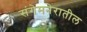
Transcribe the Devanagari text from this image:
संगेमनेरातील